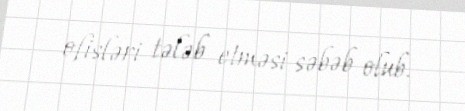
ofisləri tələb etməsi səbəb olub.